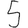
Digit: 5